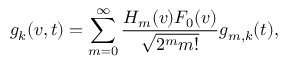
g _ { k } ( v , t ) = \sum _ { m = 0 } ^ { \infty } \frac { H _ { m } ( v ) F _ { 0 } ( v ) } { \sqrt { 2 ^ { m } m ! } } g _ { m , k } ( t ) ,